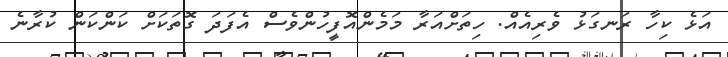
އަޅެ ކިހާ ރަނގަޅު ވެރިއެއް. ހިތަށްއަރާ މަމެންއޮފީހުންވެސް އެފަދަ ގޮތަކަށް ކަންކަން ކުރާނެ